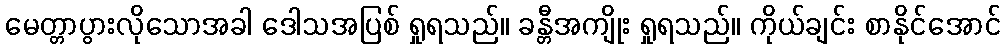
မေတ္တာပွားလိုသောအခါ ဒေါသအပြစ် ရှုရသည်။ ခန္တီအကျိုး ရှုရသည်။ ကိုယ်ချင်း စာနိုင်အောင်